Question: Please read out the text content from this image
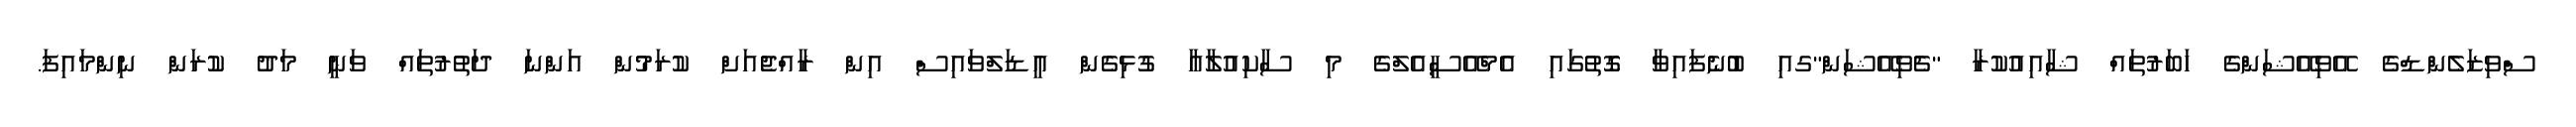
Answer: ސްވިޒަލެންޑްގެ އޭވިއޭޝަންގެ ހަބަރުތައް ޝާއިއުކުރާ "ޗެވިއޭޝަން"ގއި ބުނެފައިވާ ގޮތުގައި އެމްއޭސީއެލްގެ މި ސާކިއުލާއާ ގުޅިގެން އީޑަލްވައިސް އިން ރާއްޖެއަށް ކުރަމުން އަންނަ ދަތުރުތައް ވަނީ މަދު ކުރަން ނިންމައިފަ.